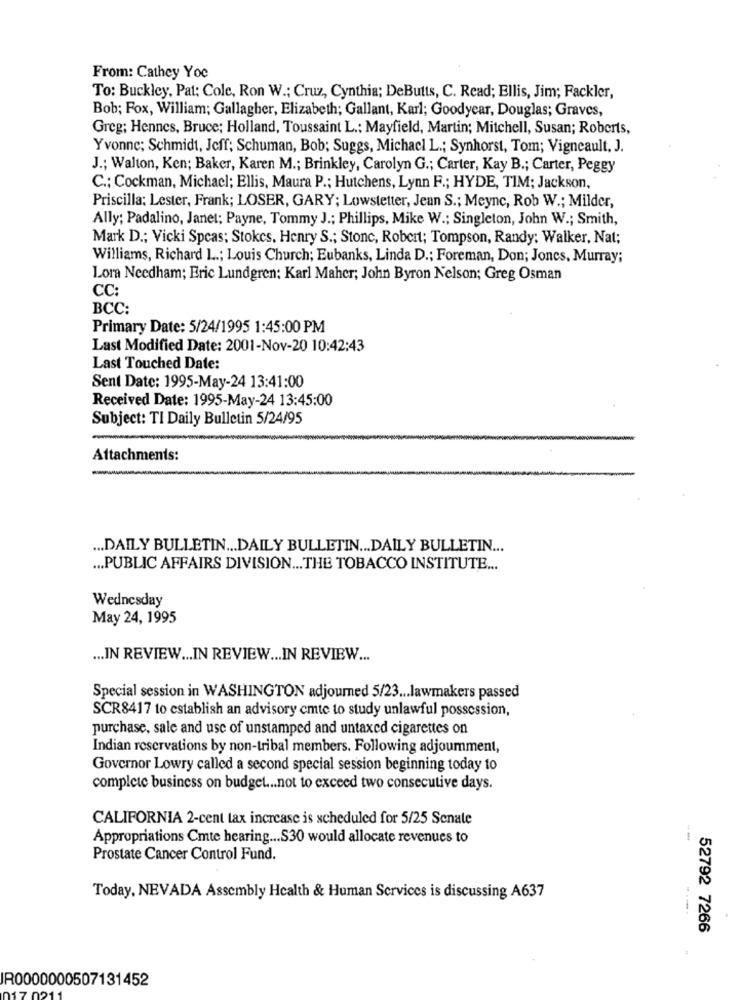
From: Cathey Yoe
To: Buckley, Pat; Cole, Ron W .; Cruz, Cynthia; DeButts, C. Read; Ellis, Jim; Fackler,
Bob; Fox, William; Gallagher, Elizabeth; Gallant, Karl; Goodyear, Douglas; Graves,
Greg; Hennes, Bruce; Holland, Toussaint L .: Mayfield, Martin; Mitchell, Susan; Roberts,
Yvonne; Schmidt, Jeff; Schuman, Bob; Suggs, Michacl L .; Synhorst, Tom; Vigneault, J.
J .; Walton, Ken; Baker, Karen M .; Brinkley, Carolyn G .; Carter, Kay B .; Carter, Peggy
C .: Cockman, Michacl; Ellis, Maura P .; Hutchens, Lynn F .; HYDE, TIM; Jackson,
Priscilla: Lester, Frank; LOSER, GARY; Lowstetter, Jean S .; Meync, Rob W .; Milder,
Ally; Padalino, Janet; Payne, Tommy J .; Phillips, Mike W .; Singleton, John W .; Smith,
Mark D .; Vicki Spcas; Stokes, Henry S .; Stonc, Robert; Tompson, Randy; Walker, Nat;
Williams, Richard L .; Louis Church; Eubanks, Linda D .; Foreman, Don; Jones, Murray;
Lora Needham; Eric Lundgren: Karl Maher; John Byron Nelson; Greg Osman
CC
BCC:
Primary Date: 5/24/1995 1:45:00 PM
Last Modified Date: 2001-Nov-20 10:42:43
Last Touched Date:
Sent Date: 1995-May-24 13:41:00
Received Date: 1995-May-24 13:45:00
Subject: TI Daily Bulletin 5/24/95
Attachments:
... DAILY BULLETIN ... DAILY BULLETIN ... DAILY BULLETIN ...
... PUBLIC AFFAIRS DIVISION ... THE TOBACCO INSTITUTE ...
Wednesday
May 24, 1995
... IN REVIEW ... IN REVIEW ... IN REVIEW ...
Special session in WASHINGTON adjourned 5/23 ... lawmakers passed
SCR8417 to establish an advisory emte to study unlawful possession,
purchase, sale and use of unstamped and untaxed cigarettes on
Indian reservations by non-tribal members. Following adjoumment,
Governor Lowry called a second special session beginning today to
complete business on budget ... not to exceed two consecutive days.
CALIFORNIA 2-cent tax increase is scheduled for 5/25 Senate
Appropriations Cmte hearing ... S30 would allocate revenues to
--
Prostate Cancer Control Fund.
Today, NEVADA Assembly Health & Human Services is discussing A637
52792 7266
IR0000000507131452
170